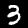
Digit: 3